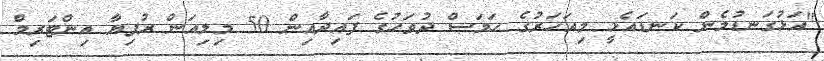
"އަޅުގަނޑުމެން ކަނޑައެޅީ މިއަހަރުގެ ހަމަސް ދުވަހުގެ ފައިދާއިން 50 މިލިއަން ރުފިޔާ އިންޓަރިމް